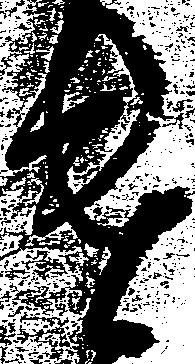
遣